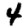
Digit: 4